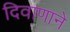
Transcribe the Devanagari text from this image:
दिवाणाने